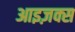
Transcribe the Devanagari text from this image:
आइज़क्स